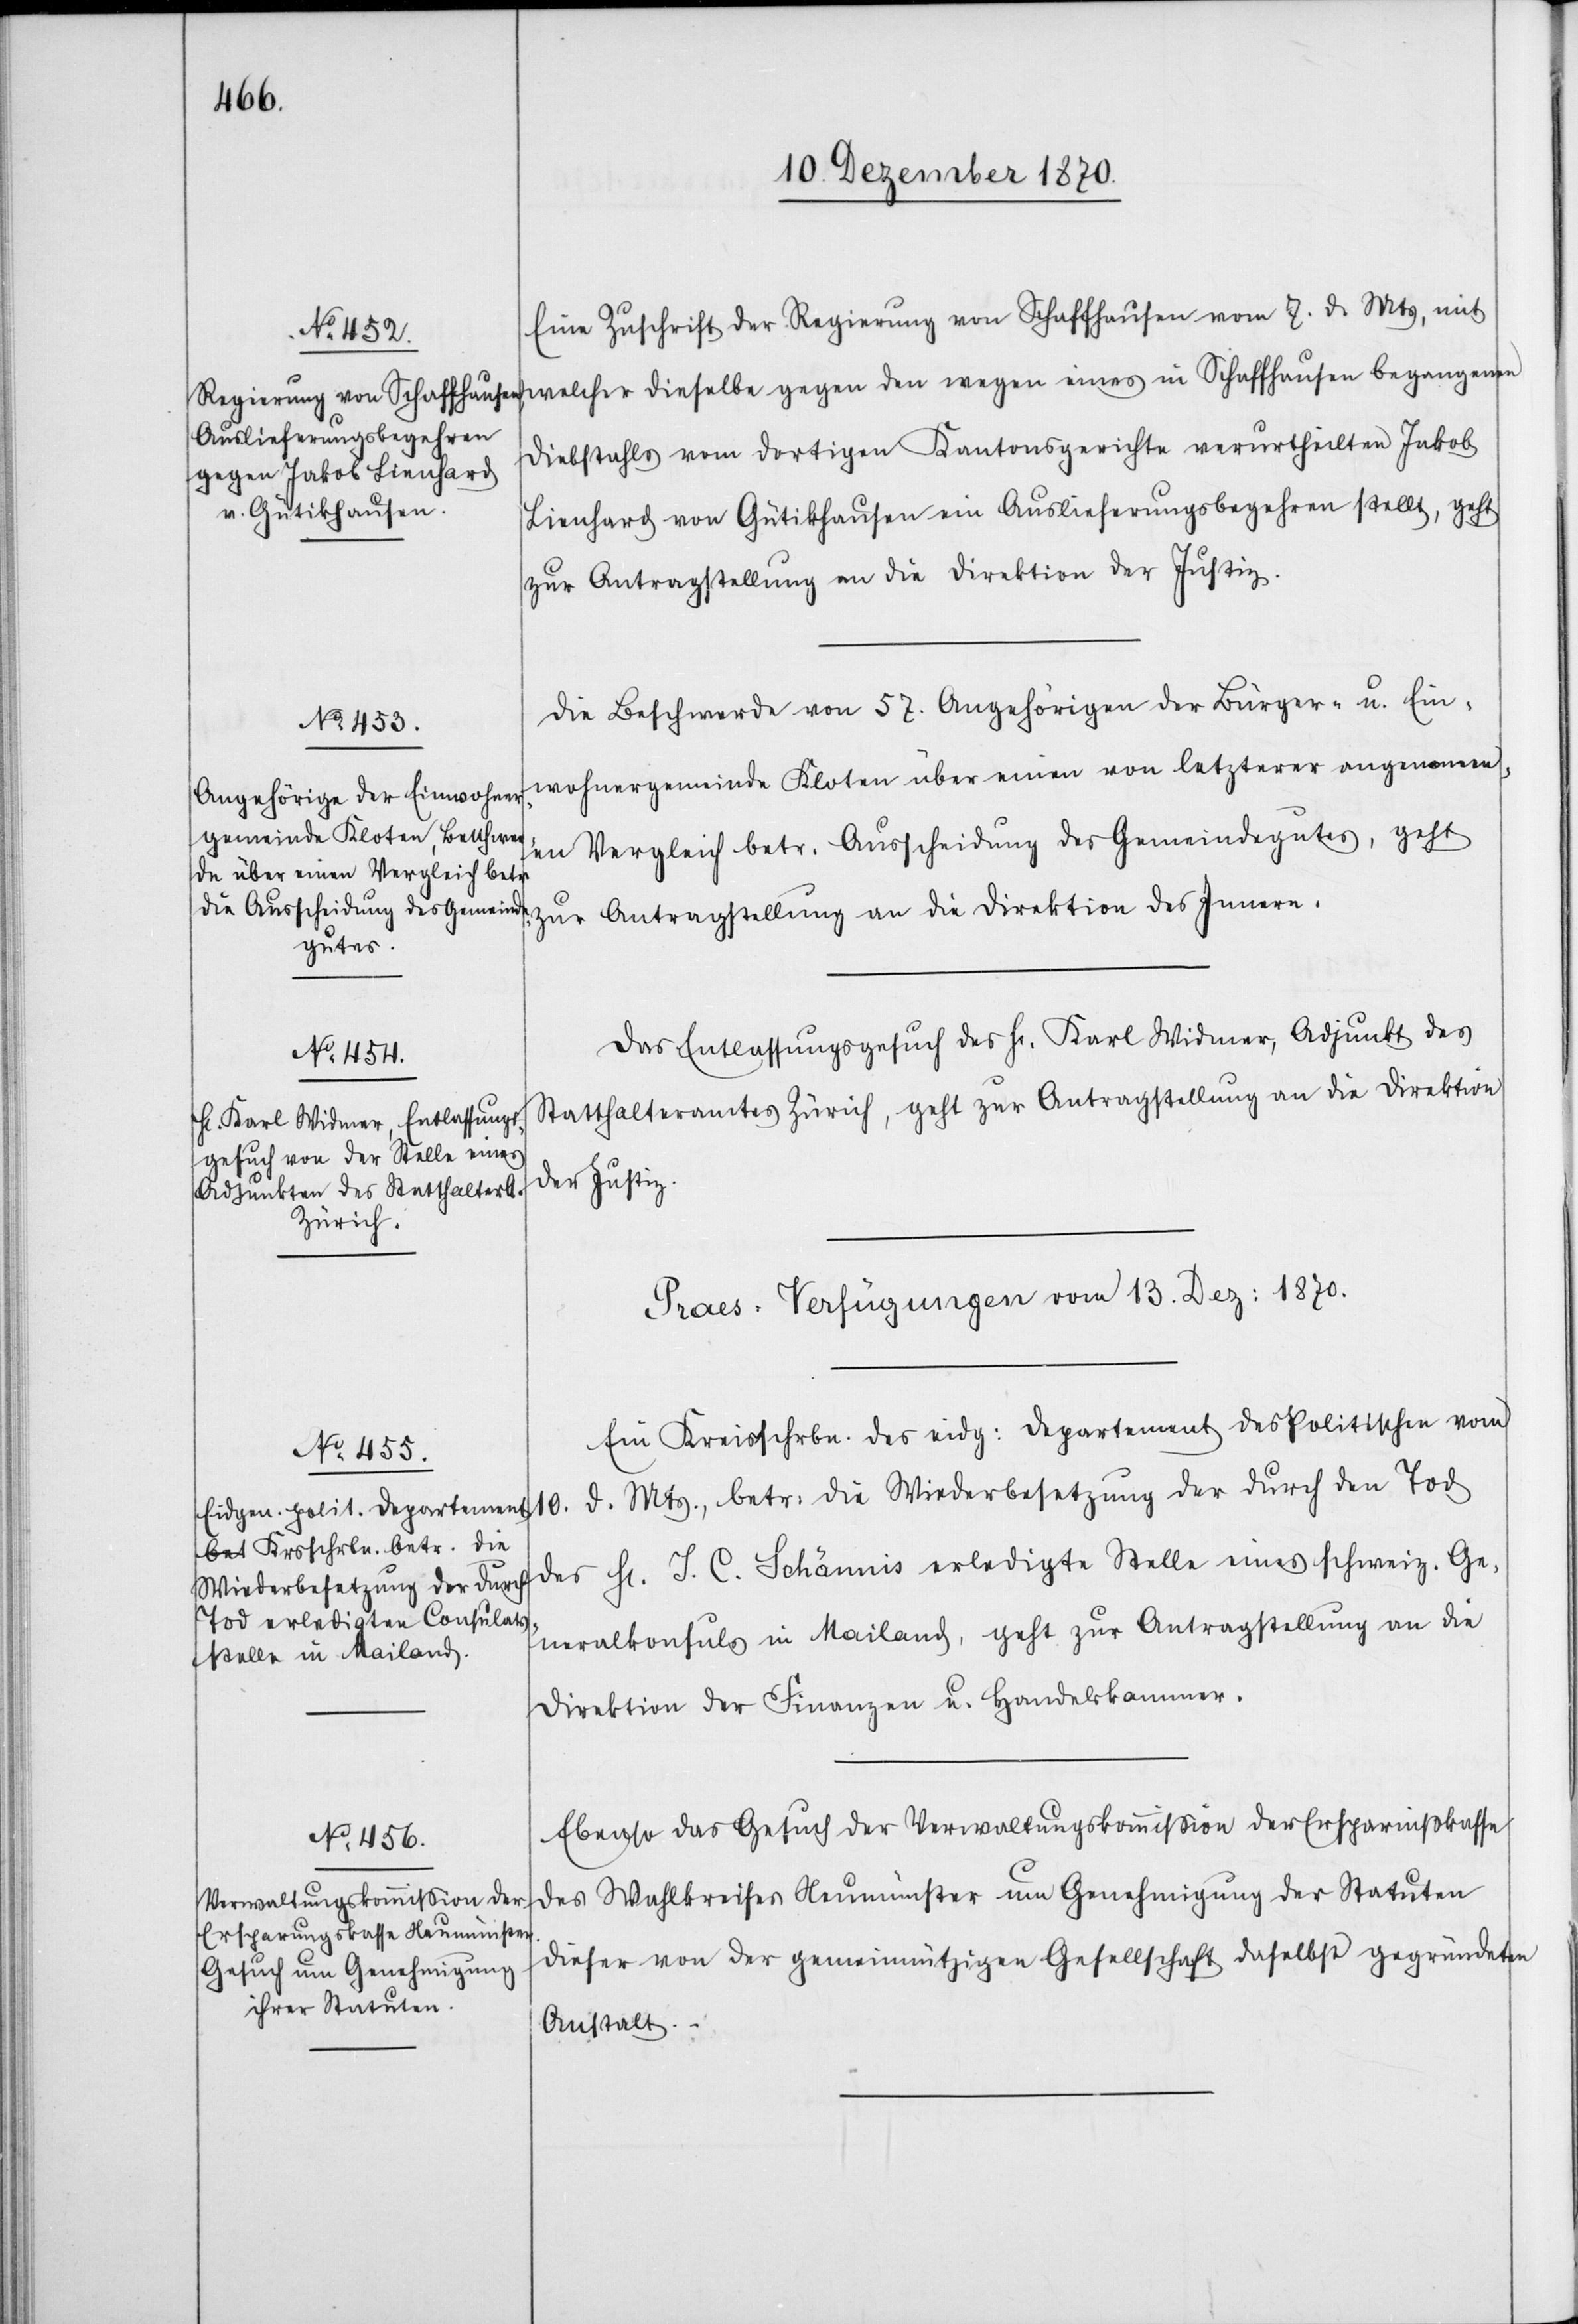
12. Dezember 1870.]
Eine Zuschrift der Regierung von Schaffhausen vom 7. d. Mts, mit
welcher dieselbe gegen den wegen eines in Schaffhausen begangenen
Diebstahls vom dortigen Kantonsgerichte verurtheilten Jakob
Lienhard von Gütikhausen ein Auslieferungsbegehren stellt, geht
zur Antragstellung an die Direktion der Justiz.
Die Beschwerde von 57 Angehörigen der Bürger- u. Ein¬
wohnergemeinde Kloten über einen von letzterer angenommen¬
en Vergleich betr. Ausscheidung des Gemeindegutes, geht
zur Antragstellung an die Direktion des Innern.
Das Entlassungsgesuch des H[errn] Karl Widmer, Adjunkt des
Statthalteramtes Zürich, geht zur Antragstellung an die Direktion
der Justiz.
[Praes. Verfügungen vom 13. Dez: 1870.]
Ein Kreisschrbn. des eid: Departement des Politischen vom
d. Mts., betr: die Wiederbesetzung der durch den Tod
des H[errn] J. C. Schännis erledigten Stelle eines schweiz. Ge¬
neralkonsuls in Mailand, geht zur Antragstellung an die
Direktion der Finanzen u. Handelskammer.
Ebenso das Gesuch der Verwaltungskommißion der Ersparnißkasse
des Wahlkreises Neumünster um Genehmigung der Statuten
dieser von der gemeinnützigen Gesellschaft daselbst gegründeten
Anstalt.